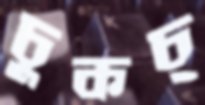
চুকচ্